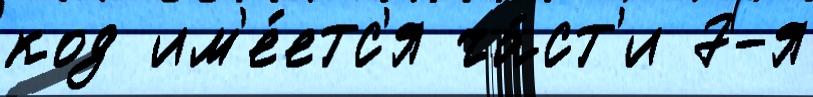
код им'е́етс'я ча́ст'и 7-я